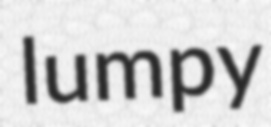
lumpy